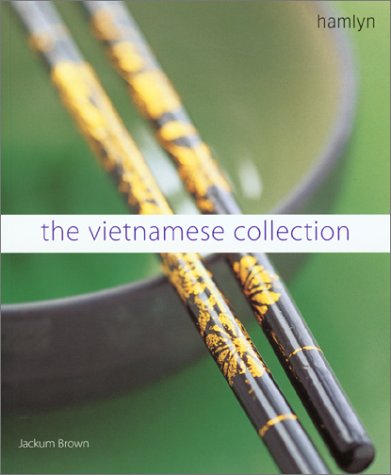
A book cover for The Vietnamese Collection; Jackum Brown; Cookbooks, Food & Wine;